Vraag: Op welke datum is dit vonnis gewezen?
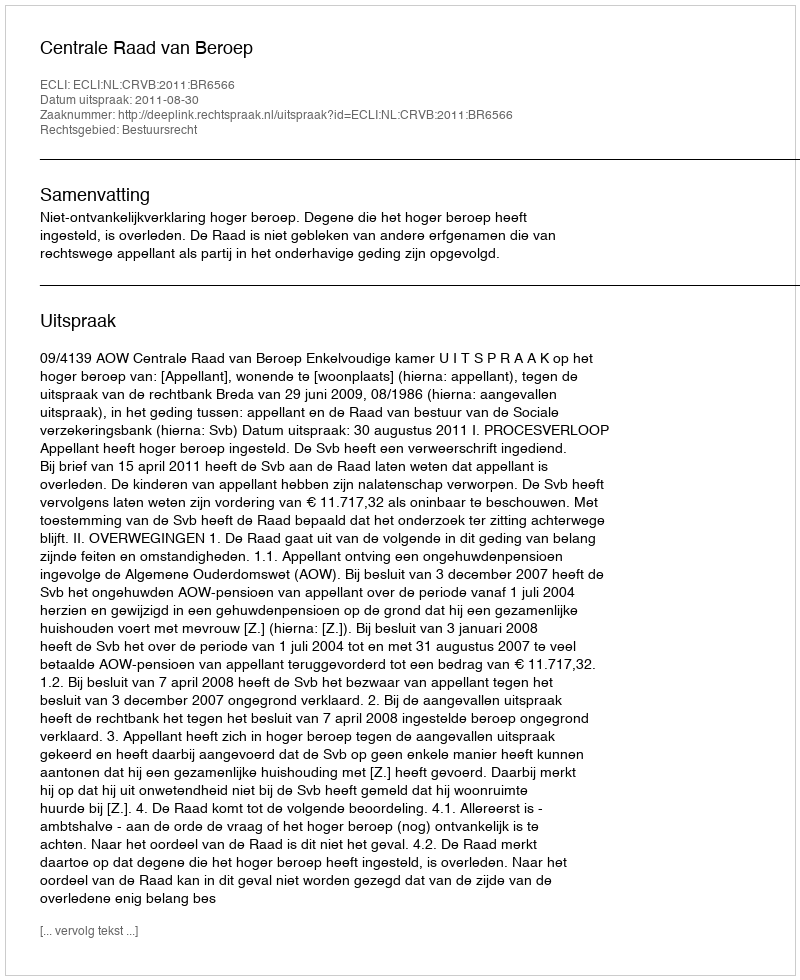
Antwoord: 2011-08-30